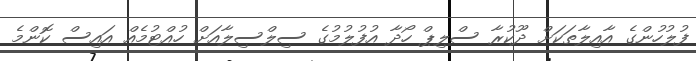
ފުލުހުންގެ އާއިލާތަކަށް ދޫކުރާ ސްލިޕް ހޯދާ އުފުލުމުގެ ސިލްސިލާއަށް ހުއްޓުމެއް އައިސް ކޮންމެ